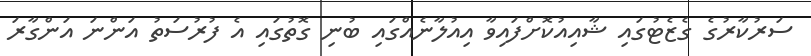
ސަރުކާރުގެ ގެޒެޓުގައި ޝާއިއުކޮށްފައިވާ އިއުލާނެއްގައި ބުނި ގޮތުގައި އެ ފުރުސަތު އަންނަ އަންގާރަ